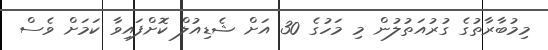
މިމުބާރާތުގެ ގުރުއަތުލުން މި މަހުގެ 30 އަށް ޝެޑިއުލް ކޮށްފައިވާ ކަމަށް ވެސް